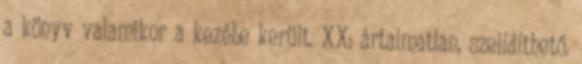
a könyv valamikor a kezébe került. XX: ártalmatlan, szelídíthető.